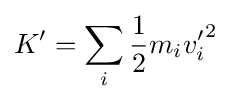
K'=\sum _{i}{\frac {1}{2}}m_{i}{v'_{i}}^{2}